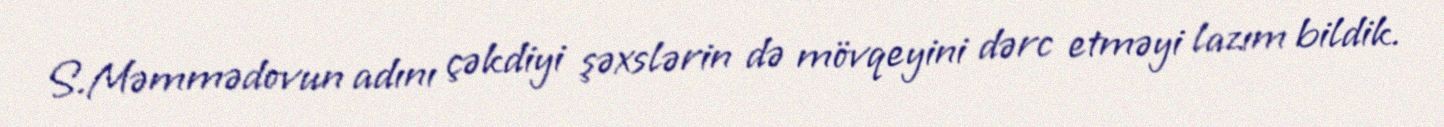
S.Məmmədovun adını çəkdiyi şəxslərin də mövqeyini dərc etməyi lazım bildik.